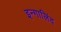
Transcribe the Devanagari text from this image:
इन्गालिंद